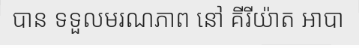
បាន ទទួលមរណភាព នៅ គីរីយ៉ាត អាបា